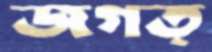
জগত্